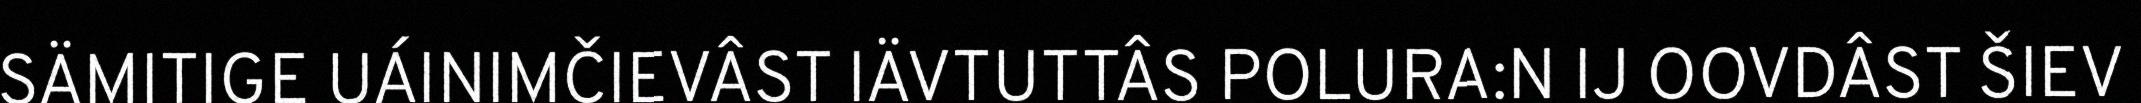
SÄMITIGE UÁINIMČIEVÂST IÄVTUTTÂS POLURA:N IJ OOVDÂST ŠIEV